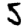
Digit: 5